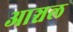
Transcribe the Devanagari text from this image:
आञ्चल